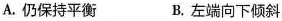
A.仍保持平衡 B.左端向下倾斜